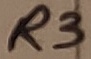
Text: R3